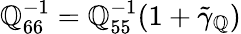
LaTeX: \mathbb{Q}_{66}^{-1}=\mathbb{Q}_{55}^{-1}(1+\tilde{{\gamma}}_{\mathbb{Q}})